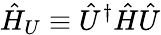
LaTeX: \hat{H}_{U}\equiv\hat{U}^{\dagger}\hat{H}\hat{U}